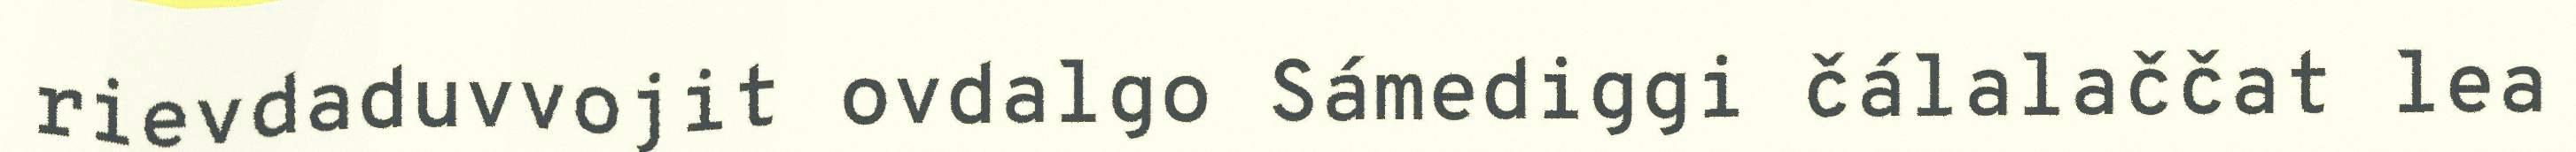
rievdaduvvojit ovdalgo Sámediggi čálalaččat lea